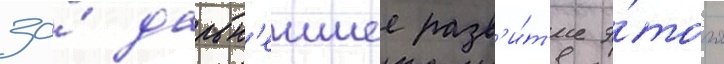
за́ дальн'еишее разв'и́т'ие э́того